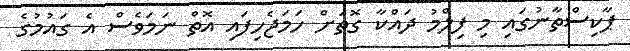
ޕާކިސްތާނުގައި މި ފިލްމު ދައްކާ ގޮތަށް ހަމަޖެހިފައި އޮތް ނަމަވެސް އެ ގައުމުގެ